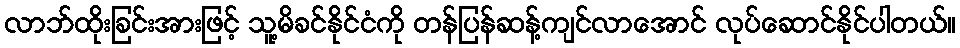
လာဘ်ထိုးခြင်းအားဖြင့် သူ့မိခင်နိုင်ငံကို တန်ပြန်ဆန့်ကျင်လာအောင် လုပ်ဆောင်နိုင်ပါတယ်။